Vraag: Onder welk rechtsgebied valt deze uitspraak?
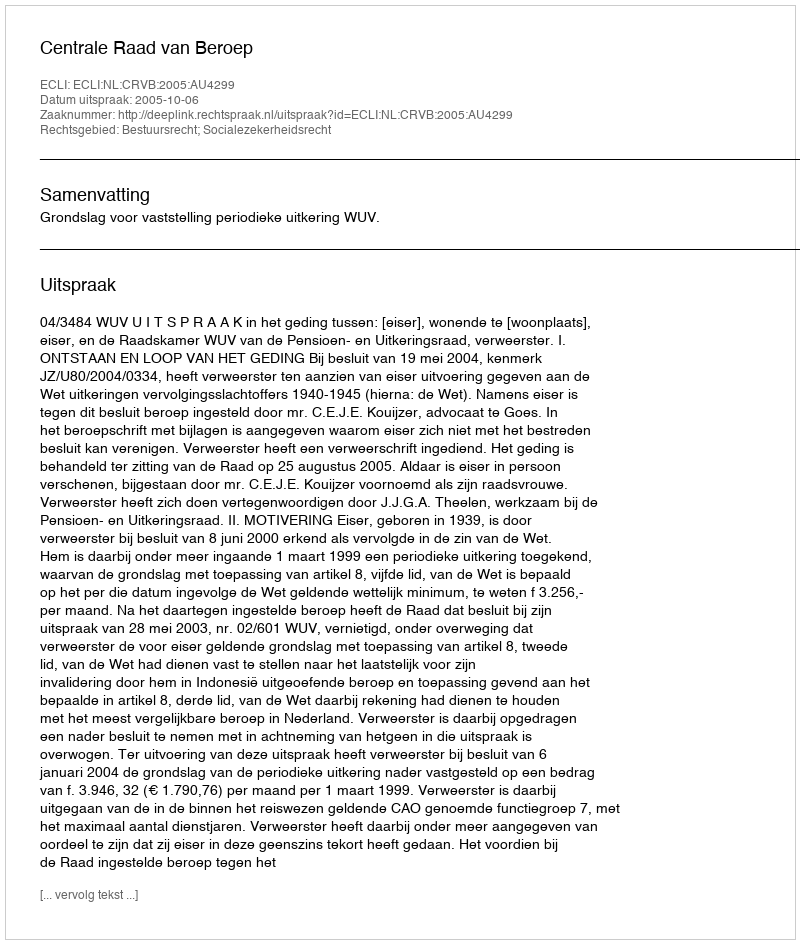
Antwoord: Bestuursrecht; Socialezekerheidsrecht